Annual statistical returns and brief notes on vaccination in Bengal - 1887-1898
Year: 1887
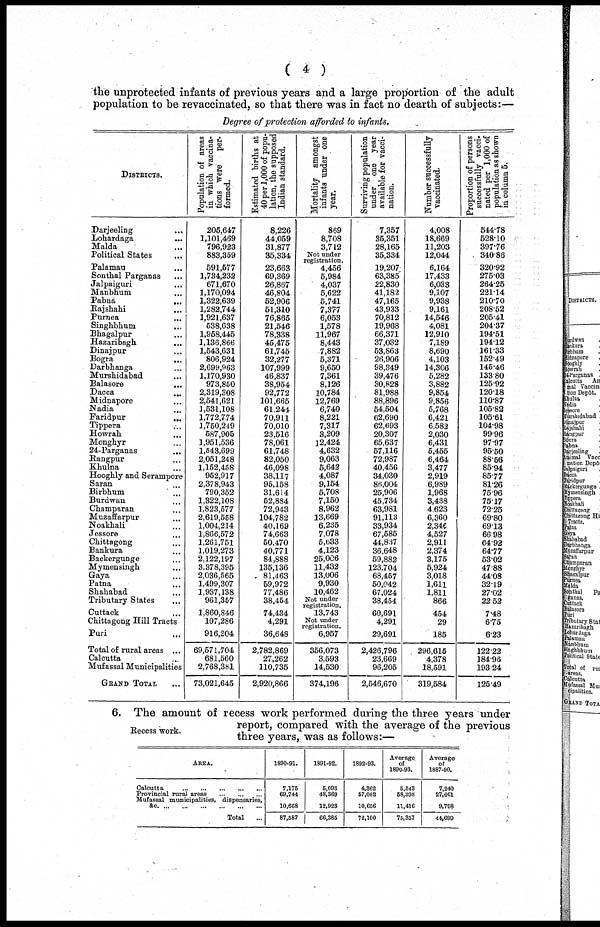
( 4 )
the unprotected infants of previous years and a large proportion of the adult
population to be revaccinated, so that there was in fact no dearth of subjects:—
Degree of protection afforded to infants.
DISTRICTS.
Darjeeling ...
Lohardaga ...
Malda ...
Political States ...
Palamau ...
Sonthal Parganas ...
Jalpaiguri ...
Manbhum ...
Pabna
...
Rajshahi ...
Purnea ...
Singhbhum ...
Bhagalpur
...
Hazaribagh
...
Dinajpur ...
Bogra
...
Darbhanga ...
Murshidabad
...
Balasore
...
Dacca
...
Midnapore ...
Nadia ...
Faridpur
...
Tippera ...
Howrah ...
Monghyr ...
24- Parganas
...
Rangpur ...
Khulna ...
Hooghly and Serampore
Saran ...
Birbhum ...
Burdwan ...
Champaran ...
Muzaffarpur ...
Noakhali ...
Jessore ...
Chittagong ...
Bankura ...
Backergunge ...
Mymensingh ...
Gaya ...
Patna
...
Shahabad ...
Tributary States ...
Cuttack ...
Chittagong Hill Tracts
Puri
...
Total of rural areas ...
Calcutta ...
Mufassal Municipalities
GRAND TOTAL ...
Population of areas
in which vaccina-
tions were per-
formed.
205,647
1,101,469
796,923
883,359
591,577
1,734,232
671,670
1,170,094
1,322,639
1,282,744
1,921,637
538,638
1,958,445
1,136,866
1,543,631
806,924
2,699,963
1,170,930
973,850
2,319,308
2,541,621
1,531,108
1,772,774
1,750,249
587,905
1,951,536
1,543,699
2,051,248
1,152,458
952,917
2,378,943
790,352
1,322,108
1,823,577
2,619,558
1,004,214
1,866,572
1,261,751
1,019,273
2,122,197
3,378,395
2,036,565
1,499,307
1,937,138
961,357
1,860,846
107,286
916,204
69,571,704
681,560
2,768,381
73,021,645
Estimated births at
40 per 1,000 of popu-
lation, the supposed
Indian
standard.
8,226
44,059
31,877
35,334
23,663
69,369
26,867
46,804
52,906
51,310
76,865
21,546
78,338
45,475
61,745
32,277
107,999
46,837
38,954
92,772
101,665
61,244
70,911
70,010
23,516
78,061
61,748
82,050
46,098
38,117
95,158
31,614
52,884
72,943
104,782
40,169
74,663
50,470
40,771
84,888
135,136
81,463
59,972
77,486
38,454
74,434
4,291
36,648
2,782,869
27,262
110,735
2,920,866
Mortality amongst
infants under one
year.
869
8,708
3,712
Not under
registration.
4,456
5,984
4,037
5,622
5,741
7,377
6,053
1,578
11,967
8,443
7,882
5,371
9,650
7,361
8,126
10,784
12,769
6,740
8,221
7,317
3,209
12,424
4,632
9,063
5,642
4,087
9,154
5,708
7,150
8,962
13,669
6,235
7,078
5,633
4,123
25,006
11,432
13,006
9,930
10,462
Not under
registration.
13,743
Not under
registration.
6,957
356,073
3,593
14,530
374,196
Surviving population
under
one
year
available for vacci-
nation.
7,357
35,351
28,165
35,334
19,207
63,385
22,830
41,182
47,165
43,933
70,812
19,968
66,371
37,032
53,863
26,906
98,349
39,476
30,828
81,988
88,896
54,504
62,690
62,693
20,307
65,637
57,116
72,987
40,456
34,030
86,004
25,906
45,734
63,981
91,113
33,934
67,585
44,837
36,648
59,882
123,704
68,457
50,042
67,024
38,454
60,691
4,291
29,691
2,426,796
23,669
96,205
2,546,670
Number successfully
vaccinated.
4,008
18,669
11,203
12,044
6,164
17,433
6,033
9,107
9,938
9,161
14,546
4,081
12,910
7,189
8,690
4,103
14,306
5,282
3,882
9,854
9,856
5,768
6,421
6,582
2,030
6,431
5,455
6,464
3,477
2,919
6,989
1,968
3,438
4,623
6,360
2,340
4,527
2,911
2,374
3,175
5,924
3,018
1,611
1,811
866
454
29
185
296,615
4,378
18,591
319,584
Proportion of persons
successfully vacci-
nated per 1,000 of
population as shown
in
column
5.
544.78
528.10
397.76
340.86
320.92
275.03
264.25
221.14
210.70
208.52
205.41
204.37
194.51
194.12
161.33
152.49
145.46
133.80
125.92
120.18
110.87
105.82
105.61
104.98
99.96
97.97
95.50
88.56
85.94
85.77
81.26
75.96
75.17
72.25
69.80
69.13
66.98
64.92
64.77
53.02
47.88
44.08
32.19
27.02
22.52
7.48
6.75
6.23
122.22
184.96
193.24
125.49
Recess work.
6. The amount of recess work performed during the three years under
report, compared with the average of the previous
three years, was as follows:—
AREA.
Calcutta
...
...
...
...
...
Provincial rural areas
...
...
...
Mufassal municipalities, dispensaries,
&c. ... ... ... ... ... ...
Total
...
1890-91.
7,175
69,744
10,668
87,587
1891-92.
5,093
48,369
12,923
66,385
1892-93.
4,362 57,082 10,656
72,100
Average
of
1890-93.
5,543
58,398
11,416
75,357
Average
of
1887-90.
7,240
27,661
9,798
44,699